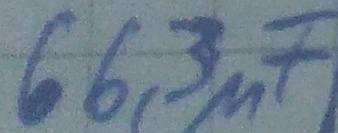
Text: 66,3µF